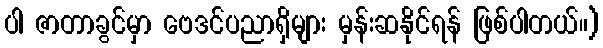
ပါ ဇာတာခွင်မှာ ဗေဒင်ပညာရှိများ မှန်းဆနိုင်ရန် ဖြစ်ပါတယ်။)